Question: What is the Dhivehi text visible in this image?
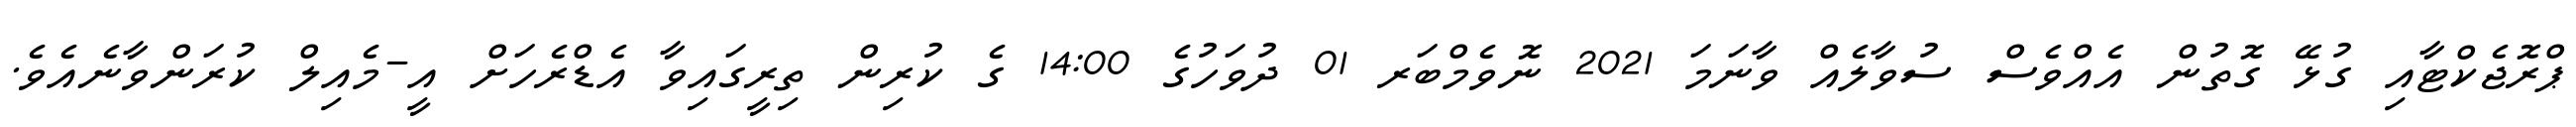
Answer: ޕްރޮޖެކްޓާއި ގުޅޭ ގޮތުން އެއްވެސް ސުވާލެއް ވާނަމަ 2021 ނޮވެމްބަރ 01 ދުވަހުގެ 14:00 ގެ ކުރިން ތިރީގައިވާ އެޑްރެހަށް އީ-މެއިލް ކުރަންވާނެއެވެ.